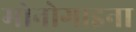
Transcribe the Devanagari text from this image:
मोनोगाइना